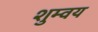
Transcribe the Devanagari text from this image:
शुम्वय